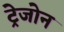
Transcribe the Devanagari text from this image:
ट्रेजोन